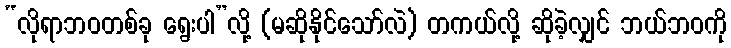
“လိုရာဘဝတစ်ခု ရွေးပါ”လို့ (မဆိုနိုင်သော်လဲ) တကယ်လို့ ဆိုခဲ့လျှင် ဘယ်ဘဝကို